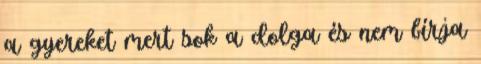
a gyereket mert sok a dolga és nem bírja